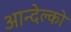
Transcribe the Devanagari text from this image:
आन्देल्को